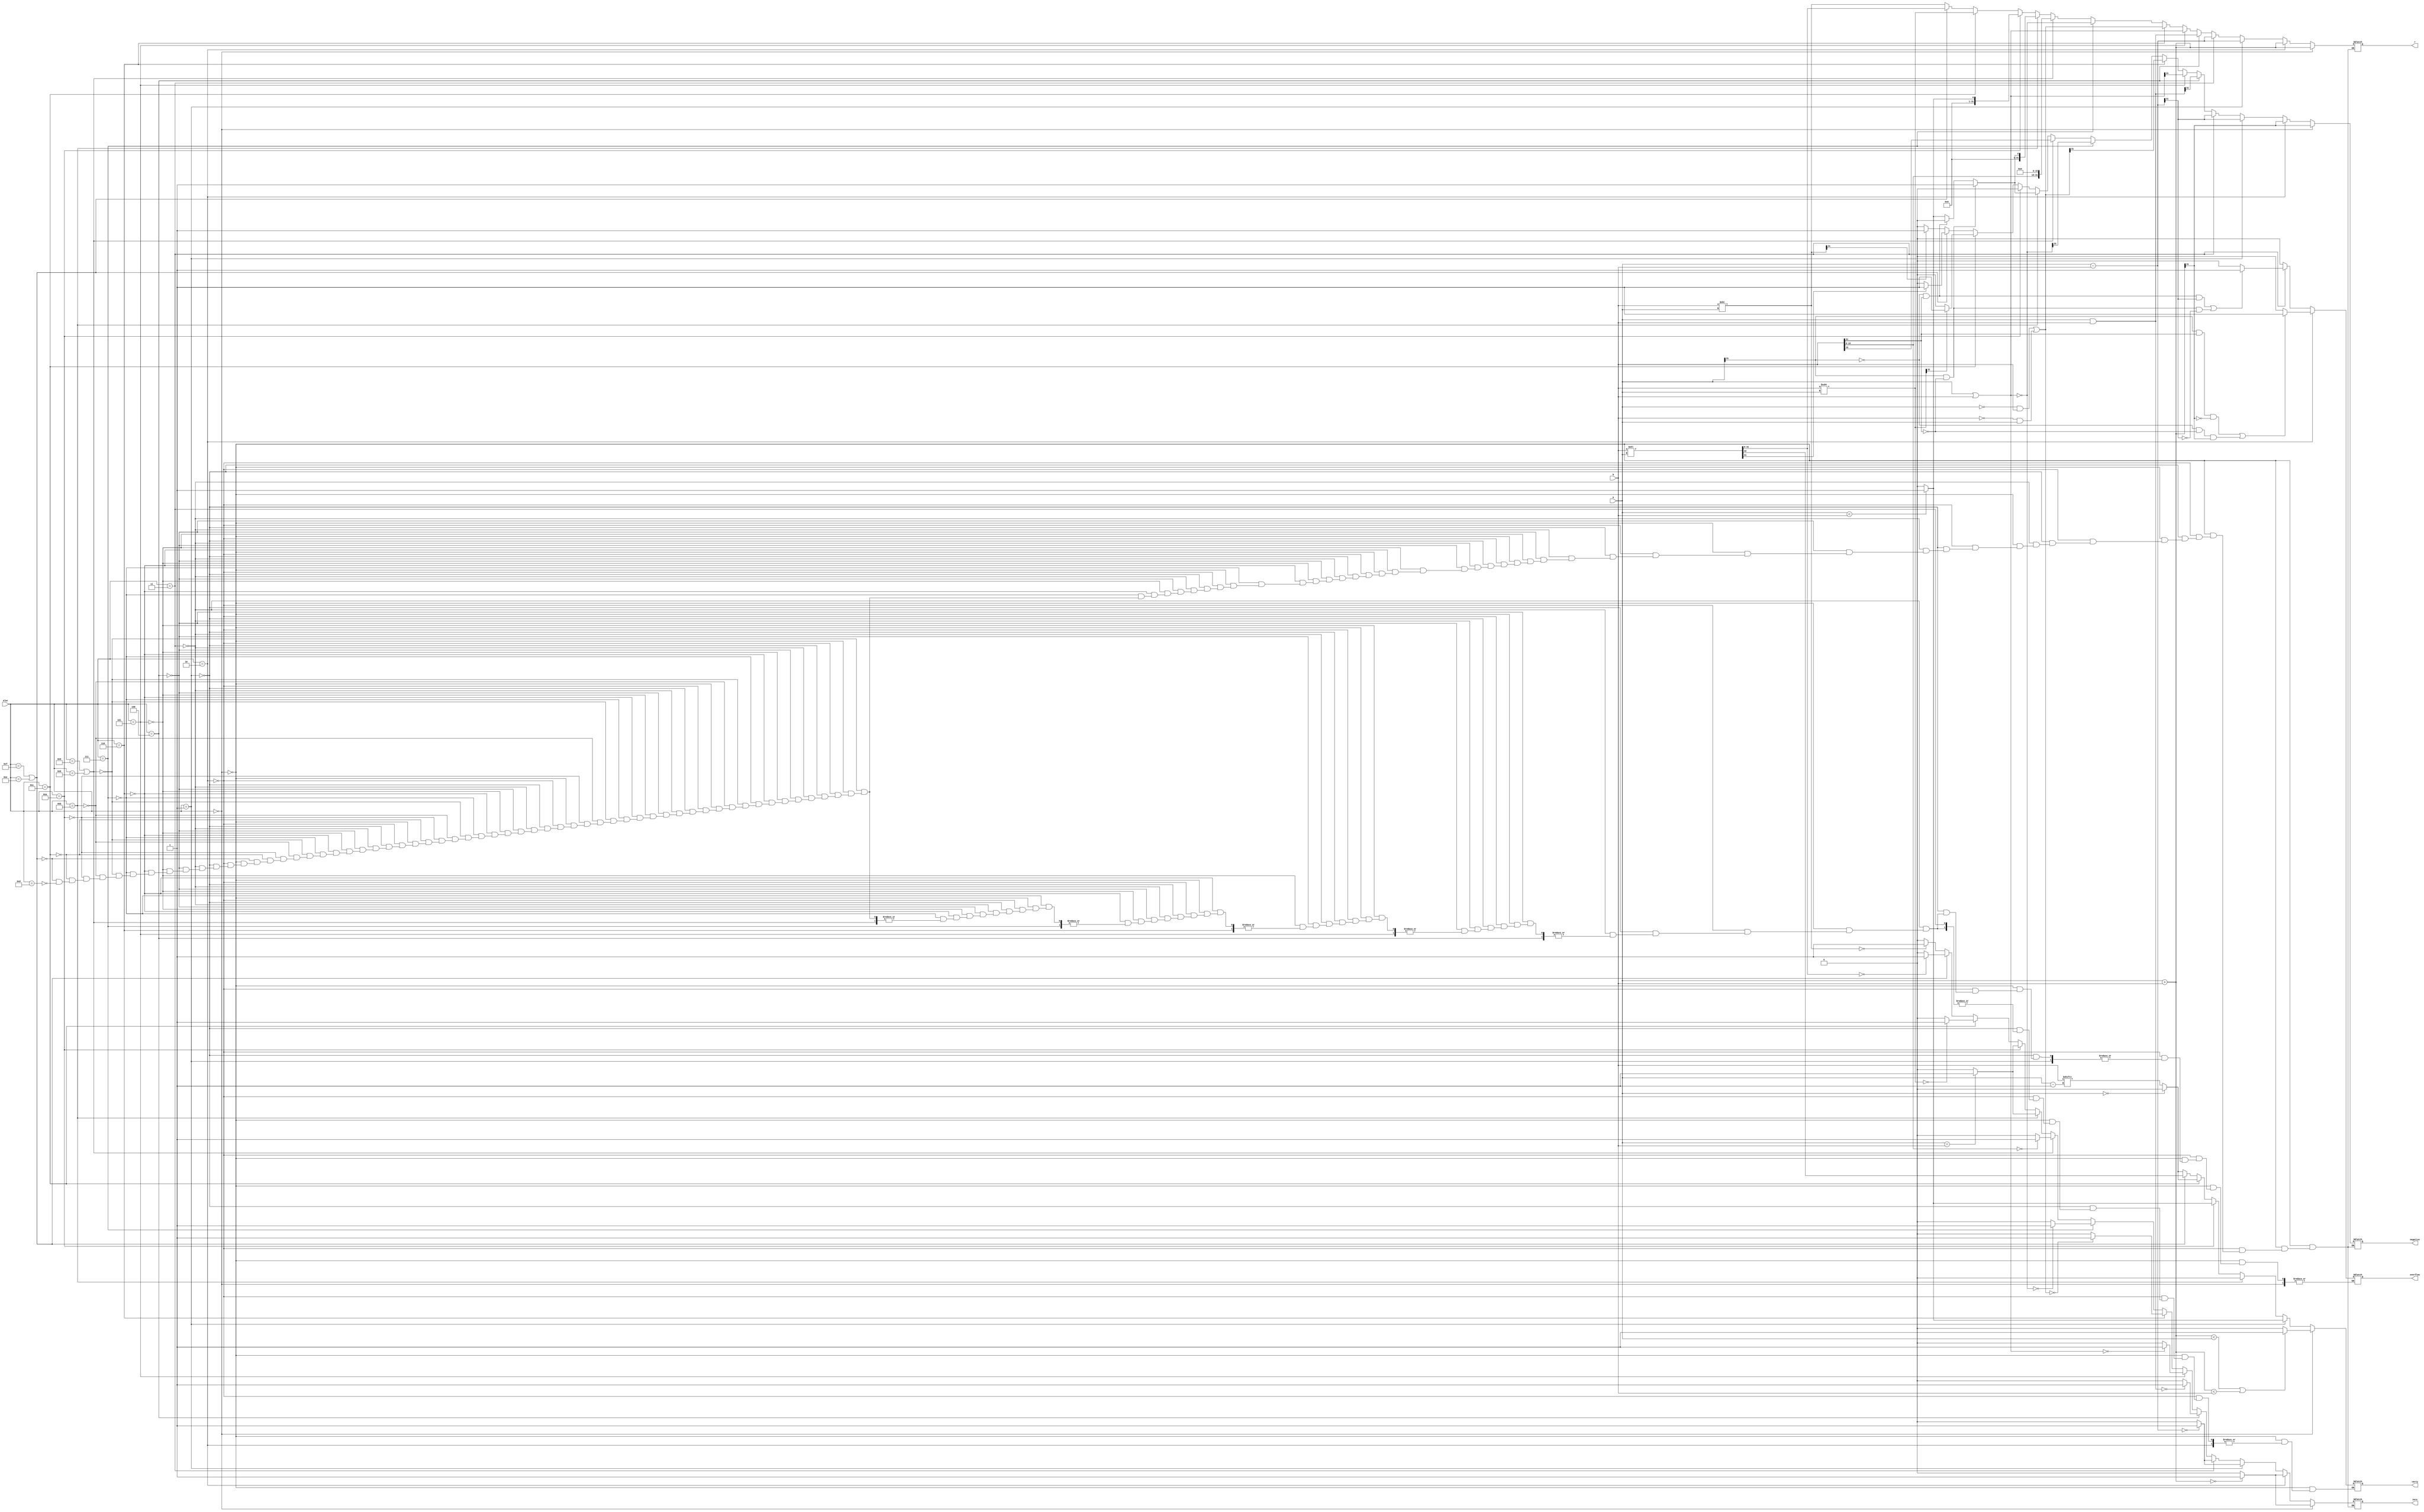
`timescale 1ns / 1ps
//////////////////////////////////////////////////////////////////////////////////
// Company: 
// Engineer: 
// 
// Design Name: 
// Module Name: alu
// Project Name: 
// Target Devices: 
// Tool Versions: 
// Description: 
// 
// Dependencies: 
// 
// Revision:
// Revision 0.01 - File Created
// Additional Comments:
// 
/////////////////////////////////////////////////////////////////////////////////


module alu(
	input [31:0]a,
	input [31:0]b,
	input [3:0]aluc,
	output reg [31:0]r,
	output reg zero,
	output reg carry,
	output reg negative,
	output reg overflow

    );
	always @(*) begin
		if(aluc==4'b0000)
		begin
			r=a+b;
			if(r==0)
			begin
				zero=1;
			end
			else
				zero=0;
				//////
			if(r<a||r<b)
				carry=1;
			else
				carry=0;
			////////
			negative=r[31];

		end
		else if(aluc==4'b0010)
		begin
			r=a+b;
			if(r==0)
			begin
				zero=1;
			end
			else
				zero=0;
				//////
	
			////////
			negative=r[31];
			if(a[31]==1'b1&&b[31]==1'b1&&r[31]==1'b0||a[31]==1'b0&&b[31]==1'b0&&r[31]==1'b1)
			begin
				overflow=1;
			end
			else
				overflow=0;
		end
		else if(aluc==4'b0001)
		begin
			r=a-b;
			if(r==0)
			begin
				zero=1;
			end
			else
				zero=0;
				//////
			if(a<b)
				carry=1;
			else
				carry=0;
			////////
			negative=r[31];

		end
		else if(aluc==4'b0011)
		begin
			r=a-b;
			if(r==0)
			begin
				zero=1;
			end
			else
				zero=0;
			negative=r[31];
			if(a[31]==1'b0&&b[31]==1'b1&&r[31]==1'b1||a[31]==1'b1&&b[31]==1'b0&&r[31]==1'b0)
			begin
				overflow=1;
			end
			else
				overflow=0;
		end
		else if(aluc==4'b0100)
		begin
			r=a&b;
			if(r==0)
				zero=1;
			else
				zero=0;
			negative=r[31];

		end
		else if(aluc==4'b0101)
		begin
			r=a|b;
			if(r==0)
				zero=1;
			else
				zero=0;
			negative=r[31];
		end
		else if(aluc==4'b0110)
		begin
			r=~a&b|~b&a;
			if(r==0)
				zero=1;
			else
				zero=0;
			negative=r[31];
		end
		else if(aluc==4'b0111)
		begin
			r=~(a|b);
			if(r==0)
				zero=1;
			else
				zero=0;
			negative=r[31];
		end
		else if(aluc==4'b1001||aluc==4'b1000)
		begin
			r={b[15:0],16'b0};
			if(r==0)
				zero=1;
			else
				zero=0;
			negative=r[31];
		end
		else if(aluc==4'b1011)
		begin
			 if(a[31] == 1'b1 && b[31] == 1'b0) begin
                   r = 32'b1; negative = 1'b1;
                 end else if (a[31] == 1'b0 && b[31] == 1'b1) begin 
                   r = 32'b0; negative = 1'b0;
                 end else begin
                   r = (a < b) ? 32'b1 : 32'b0; negative = (a < b) ? 1'b1 : 1'b0;
                 end
                 zero = (a == b) ? 1'b1 : 1'b0;
                 overflow = 1'b0; carry = 1'b0;
		end
		else if(aluc==4'b1010)
		begin
			 r = (a < b) ? 32'b1 : 32'b0;
                 zero = (a == b) ? 1'b1 : 1'b0;
                 carry = (a < b) ? 1'b1 : 1'b0;
                 negative = r[31] == 1'b1 ? 1'b1 : 1'b0;
                 overflow = 1'b0;
		end
		else if(aluc==4'b1100)
		begin
			 r = ($signed(b)) >>> a;
                 zero = (r == 32'h00000000) ? 1'b1 : 1'b0;
                 negative = r[31] == 1'b1 ? 1'b1 : 1'b0;
                 if(a == 1'b0) carry = 1'b0;
                 else carry = b[a - 1];  // no judegment
                 overflow = 1'b0;
		end
		else if(aluc==4'b1111||aluc==4'b1110)
		begin
			 {carry, r} = b << a;
                 zero = (r == 32'h00000000) ? 1'b1 : 1'b0;
                 negative = r[31] == 1'b1 ? 1'b1 : 1'b0;
                 overflow = 1'b0;
		end
		else if(aluc==4'b1101)
		begin
			    r = b >> a;
              zero = (r == 32'h00000000) ? 1'b1 : 1'b0;
              negative = r[31] == 1'b1 ? 1'b1 : 1'b0;
              if(a == 1'b0) carry = 1'b0;
              else carry = b[a - 1];  // no judegment
              overflow = 1'b0;
		end
		else
		;
	end
endmodule